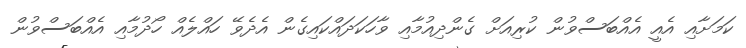
ކަމަށާއި އެއީ އެއްބަސްވުން ކުރިއަށް ގެންދިއުމާއި ވާހަކަދައްކައިގެން އެދެވޭ ހައްލެއް ހޯދުމާއި އެއްބަސްވުން